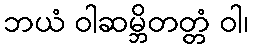
ဘယံ ဝါဆမ္ဘိတတ္တံ ဝါ၊